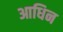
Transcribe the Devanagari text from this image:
आधिन